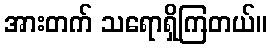
အားတက် သရောရှိကြတယ်။